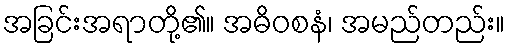
အခြင်းအရာတို့၏။ အဓိဝစနံ၊ အမည်တည်း။